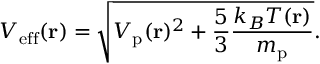
V _ { \mathrm { e f f } } ( \mathbf { r } ) = \sqrt { V _ { \mathrm { p } } ( \mathbf { r } ) ^ { 2 } + \frac { 5 } { 3 } \frac { k _ { B } T ( \mathbf { r } ) } { m _ { \mathrm { p } } } } .